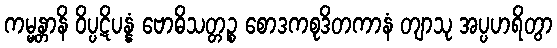
ကမ္မန္တာနိ ဝိပ္ပဋိပန္နံ ဗောဓိသတ္တဉ္စ စောဒကစုဒိတကာနံ တျာသု အပ္ပဟရိတွာ